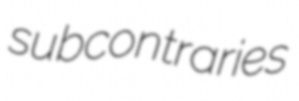
subcontraries